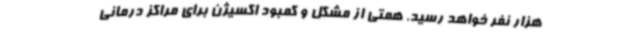
هزار نفر خواهد رسید. همتی از مشکل و کمبود اکسیژن برای مراکز درمانی